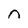
Character: n